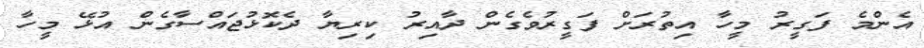
އެންމެ ފަގީރު މީހާ އިތުރަށް ފަގީރުވެގެން ދާއިރު ކިރިޔާ ދެކޮޅުޖައްސާގެން އުޅޭ މީހާ